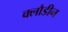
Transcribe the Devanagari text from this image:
क्लौडीन